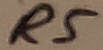
Text: R5